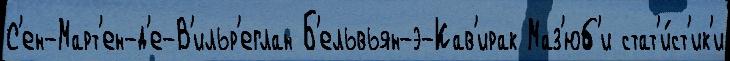
С'ен-Март'ен-д'е-В'ильр'еглан Б'ельвьян-э-Кав'ирак Маз'юб'и стат'и́ст'ик'и